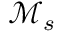
\mathcal { M } _ { s }